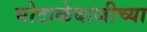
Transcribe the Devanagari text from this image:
घोटाळेबाजीच्या